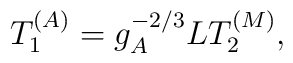
T_1^{(A)} = g_A^{-2/3} L T_2^{(M)},